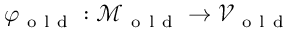
\varphi _ { \mathrm { ~ o ~ l ~ d ~ } } : \mathcal { M } _ { \mathrm { ~ o ~ l ~ d ~ } } \to \mathcal { V } _ { \mathrm { ~ o ~ l ~ d ~ } }